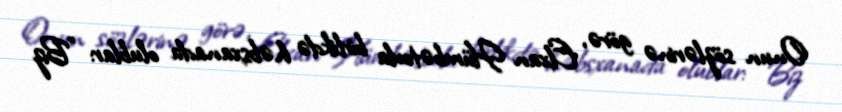
Onun sözlərinə görə, Elxan Hümbətovla birlikdə həbsxanada olublar: "Biz